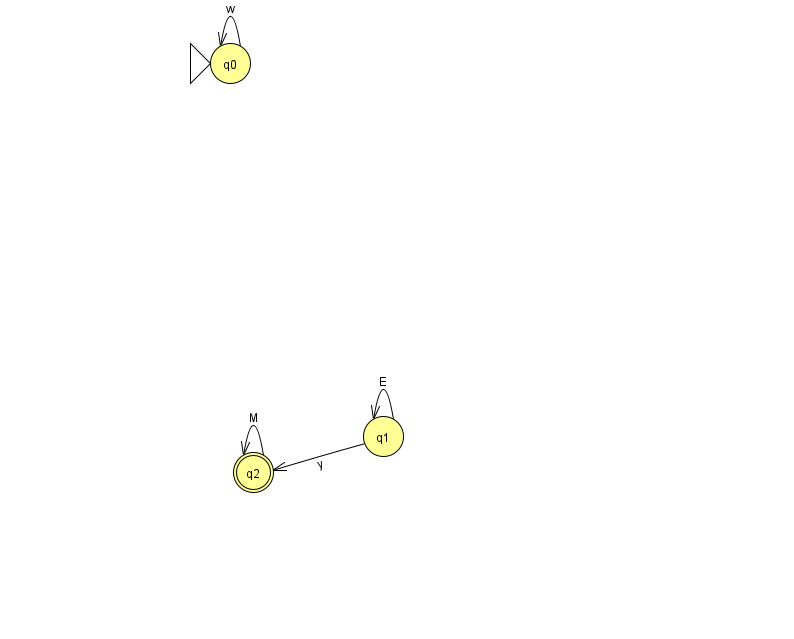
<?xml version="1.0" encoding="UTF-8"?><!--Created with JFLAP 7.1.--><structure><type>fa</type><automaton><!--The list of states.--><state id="0" name="q0"><x>230.0</x><y>50.0</y><initial/></state><state id="1" name="q1"><x>383.0</x><y>423.0</y></state><state id="2" name="q2"><x>253.0</x><y>459.0</y><final/></state><!--The list of transitions.--><transition><from>1</from><to>1</to><read>E</read></transition><transition><from>0</from><to>0</to><read>w</read></transition><transition><from>2</from><to>2</to><read>M</read></transition><transition><from>1</from><to>2</to><read>y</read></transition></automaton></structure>